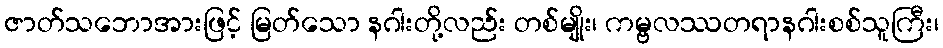
ဇာတ်သဘောအားဖြင့် မြတ်သော နဂါးတို့လည်း တစ်မျိုး၊ ကမ္ဗလဿတရာနဂါးစစ်သူကြီး၊